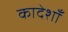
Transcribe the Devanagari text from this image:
कादेशाँ